Children and Young Persons (Scotland) Act, 1932. Care and training of juveniles, 1932
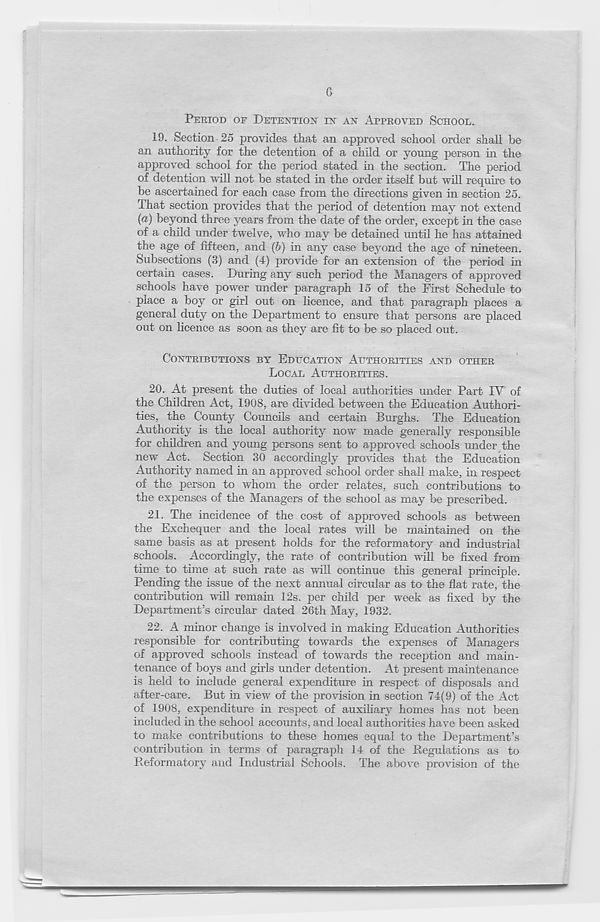
6
PERIOD OF DETENTION IN AN APPROVED SCHOOL.
19. Section 25 provides that an approved school order shall be
an authority for the detention of a child or young person in the
approved school for the period stated in the section. The period
of detention will not be stated in the order itself but will require to
be ascertained for each case from the directions given in section 25.
That section provides that the period of detention may not extend
(a) beyond three years from the date of the order, except in the case
of a child under twelve, who may be detained until he has attained
the age of fifteen, and (6) in any case beyond the age of nineteen.
Subsections (3) and (4) provide for an extension of the period in
certain cases. During any such period the Managers of approved
schools have power under paragraph 15 of the First Schedule to
place a boy or girl out on licence, and that paragraph places a
general duty on the Department to ensure that persons are placed
out on licence as soon as they are fit to be so placed out.
CONTRIBUTIONS BY EDUCATION AUTHORITIES AND OTHER
LOCAL AUTHORITIES.
20. At present the duties of local authorities under Part IV of
the Children Act, 1908, are divided between the Education Authori-
ties, the County Councils and certain Burghs. The Education
Authority is the local authority now made generally responsible
for children and young persons sent to approved schools under the
new Act. Section 30 accordingly provides that the Education
Authority named in an approved school order shall make, in respect
of the person to whom the order relates, such contributions to
the expenses of the Managers of the school as may be prescribed.
21. The incidence of the cost of approved schools as between
the Exchequer and the local rates v/ill be maintained on the
same basis as at present holds for the reformatory and industrial
schools. Accordingly, the rate of contribution will be fixed from
time to time at such rate as will continue this general principle.
Pending the issue of the next annual circular as to the flat rate, the
contribution will remain 12s. per child per week as fixed by the
Department’s circular dated 26th May, 1932.
22. A minor change is involved in making Education Authorities
responsible for contributing towards the expenses of Managers
of approved schools instead of towards the reception and main-
tenance of boys and girls under detention. At present maintenance
is held to include general expenditure in respect of disposals and
after-care. But in view' of the provision in section 74(9) of the Act
of 1908, expenditure in respect of auxiliary homes has not been
included in the school accounts, and local authorities have been asked
to make contributions to these homes equal to the Department’s
contribution in terms of paragraph 14 of the Regulations as to
Reformatory and Industrial Schools. The above provision of the